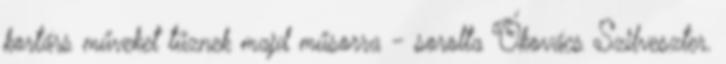
kortárs műveket tűznek majd műsorra - sorolta Ókovács Szilveszter.